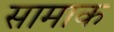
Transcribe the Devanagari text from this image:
सामाक